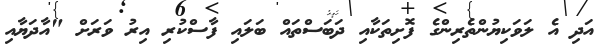
އަދި އެ ލަވަކިޔުންތެރިންގެ ފޮށިތަކާއި ދަބަސްތައް ބަލައި ފާސްކުރި އިރު ވަރަށް "އާދަޔާއި